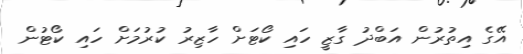
އޭގެ އިތުރުން އަބްދު ގާޒީ ހައި ކޯޓަށް ހާޒިރު ކުރުމަށް ހައި ކޯޓުން